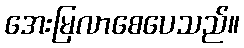
အေးမြလာစေပေသည်။